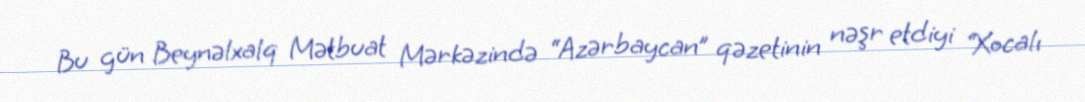
Bu gün Beynəlxalq Mətbuat Mərkəzində “Azərbaycan” qəzetinin nəşr etdiyi “Xocalı